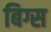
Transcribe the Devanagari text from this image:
बिग्स